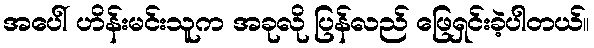
အပေါ် ဟိန်းမင်းသူက အခုလို ပြန်လည် ဖြေရှင်းခဲ့ပါတယ်။